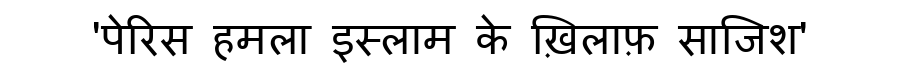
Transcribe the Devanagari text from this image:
'पेरिस हमला इस्लाम के ख़िलाफ़ साजिश'